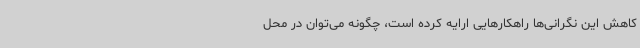
کاهش این نگرانی‌ها راهکارهایی ارایه کرده است، چگونه می‌توان در محل